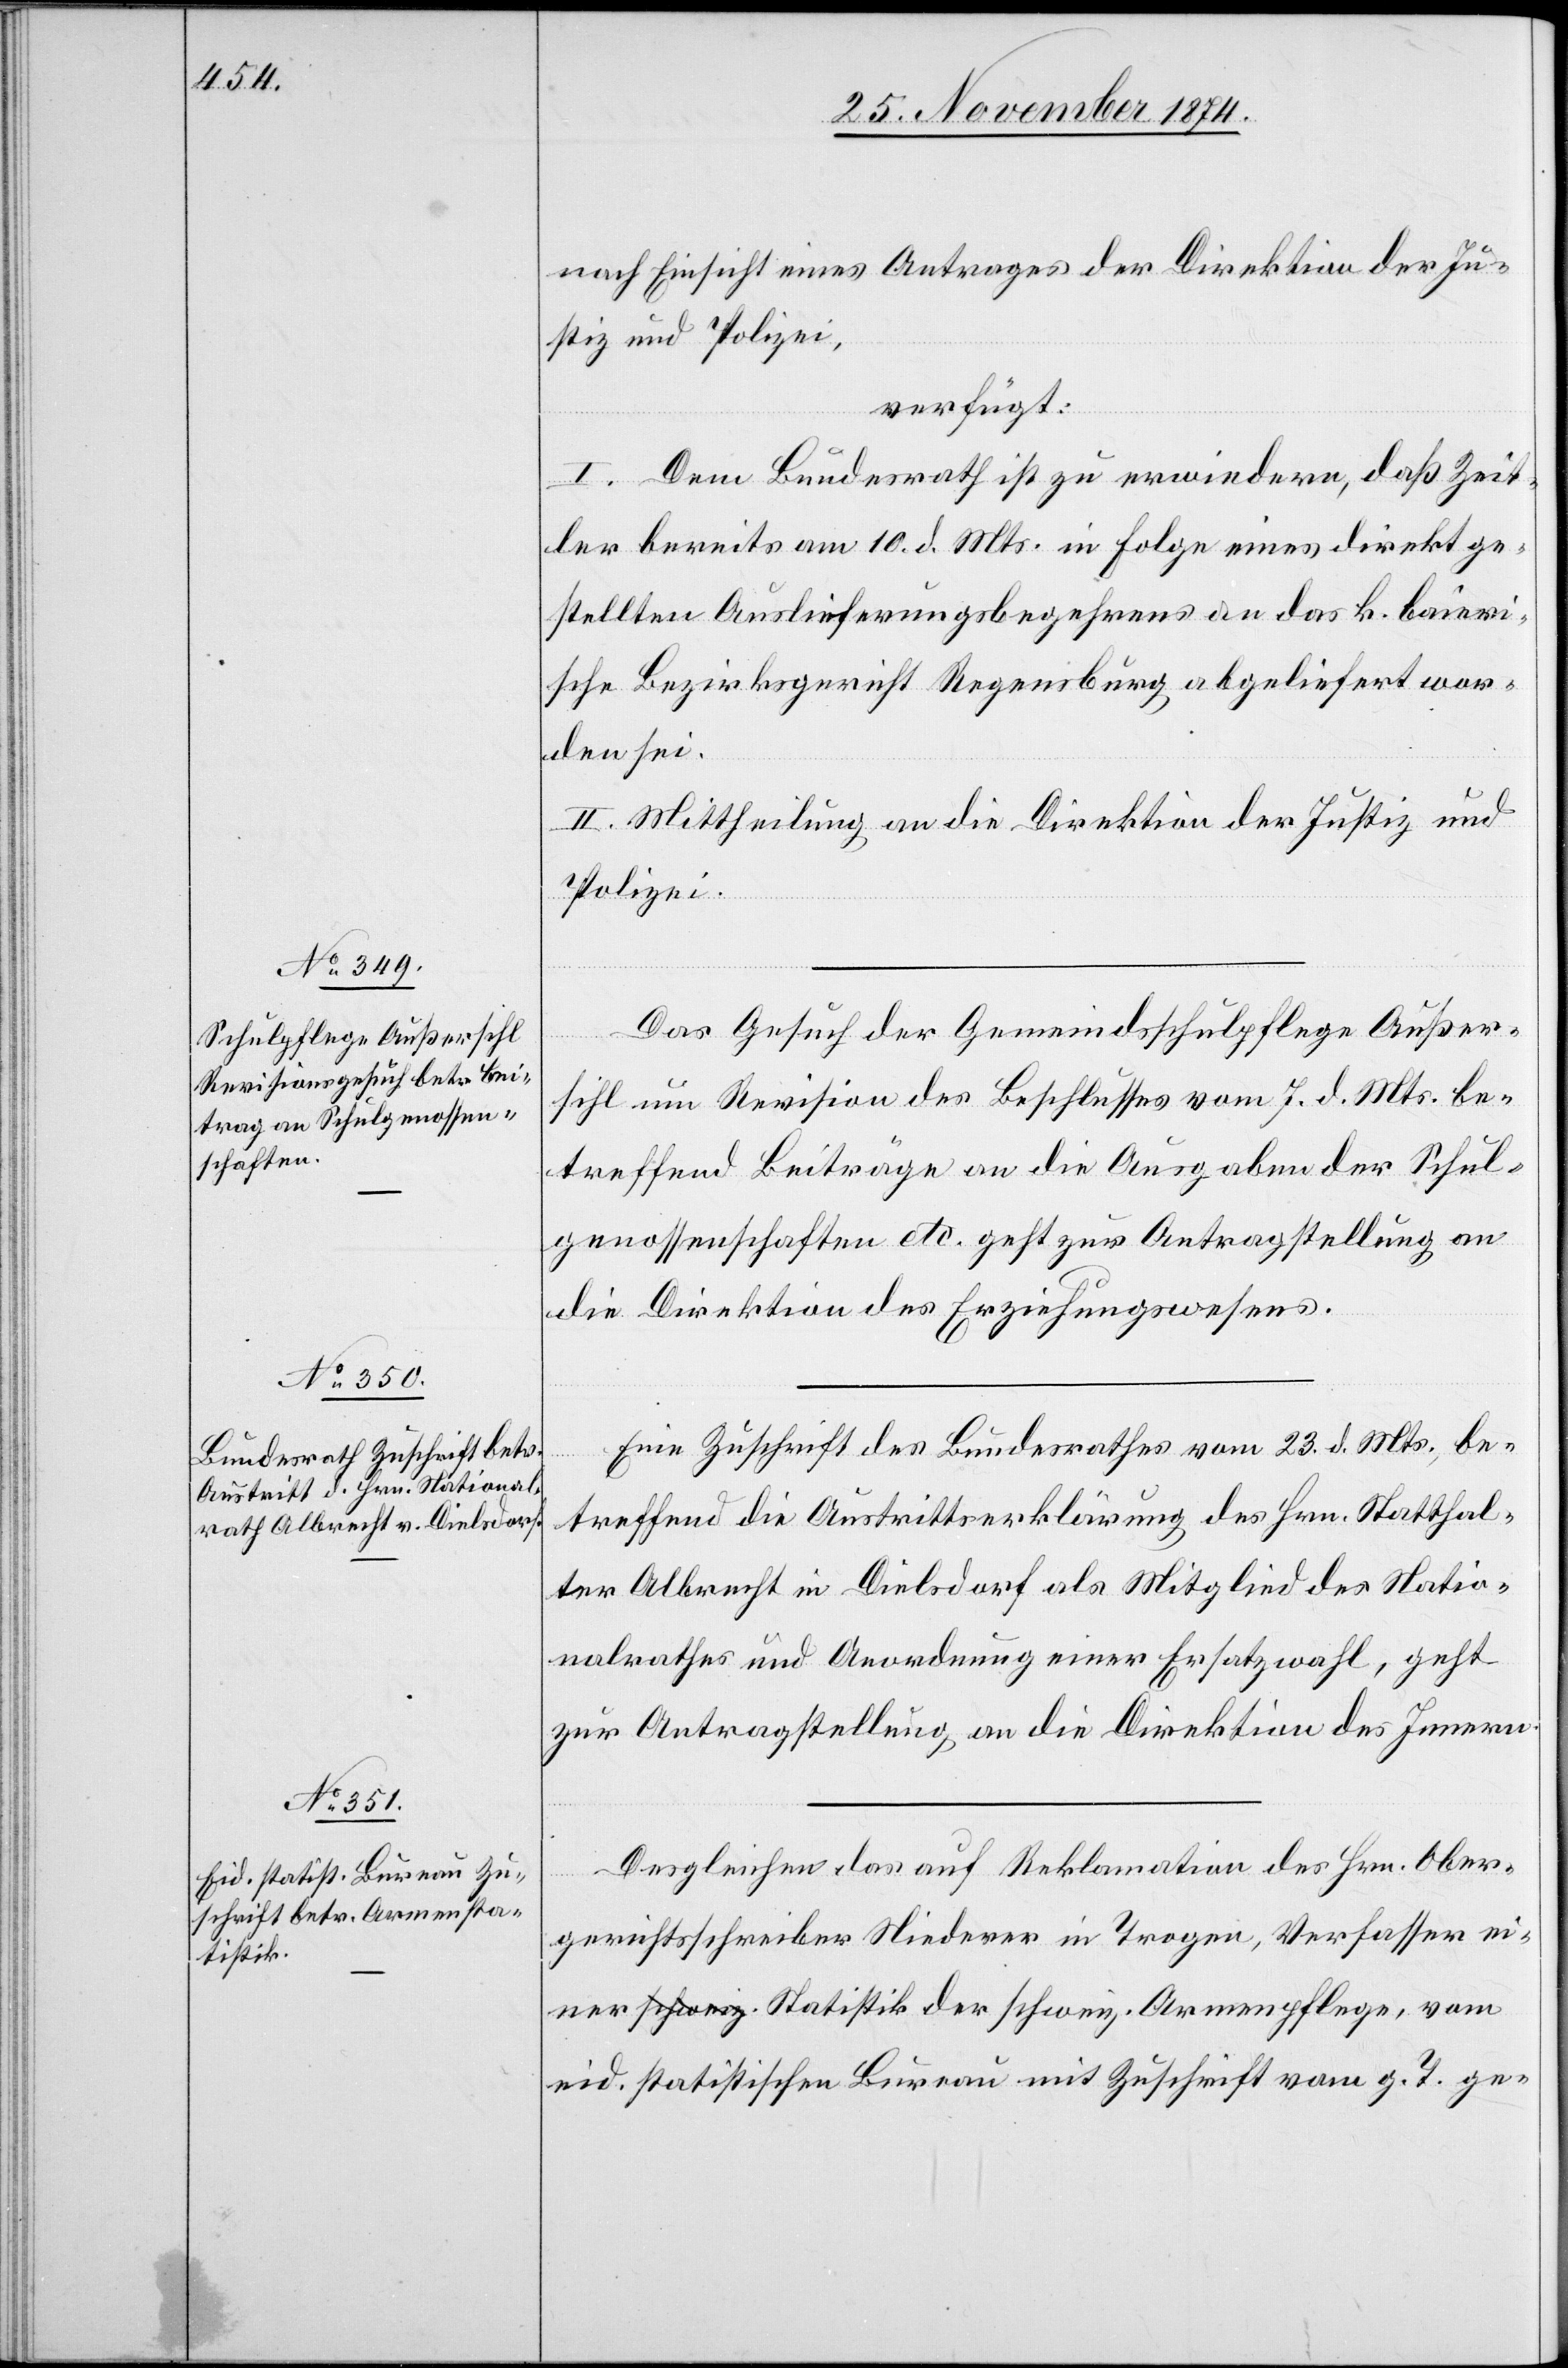
25. November 1874.]
nach Einsicht eines Antrages der Direktion der Ju¬
stiz und Polizei,
verfügt:
I. Dem Bundesrath ist zu erwiedern, daß Zeit¬
ler bereits am 10. d. Mts. in Folge eines direkt ge¬
stellten Auslieferungsbegehrens an das k. baieri¬
sche Bezirksgericht Regensburg abgeliefert wor¬
den sei.
II. Mittheilung an die Direktion der Justiz und
Polizei.
Das Gesuch der Gemeindsschulpflege Außer¬
sihl um Revision des Beschlusses vom 7. d. Mts. be¬
treffend Beiträge an die Ausgaben der Schul¬
genossenschaften etc. geht zur Antragstellung an
die Direktion des Erziehungswesens.
Eine Zuschrift des Bundesrathes vom 23. d. Mts., be¬
treffend die Austrittserklärung des Hrn. Statthal¬
ter Albrecht in Dielsdorf als Mitglied des Natio¬
nalrathes und Anordnung einer Ersatzwahl, geht
zur Antragstellung an die Direktion des Innern.
Desgleichen das auf Reklamation des Hrn. Ober¬
gerichtsschreiber Niederer in Trogen, Verfasser ei¬
ner a-schweiz.-a Statistik der schweiz. Armenpflege, vom
eid. statistischen Bureau mit Zuschrift vom g. T. ge-